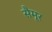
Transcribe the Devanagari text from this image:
सैमूर